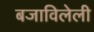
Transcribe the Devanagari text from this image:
बजाविलेली